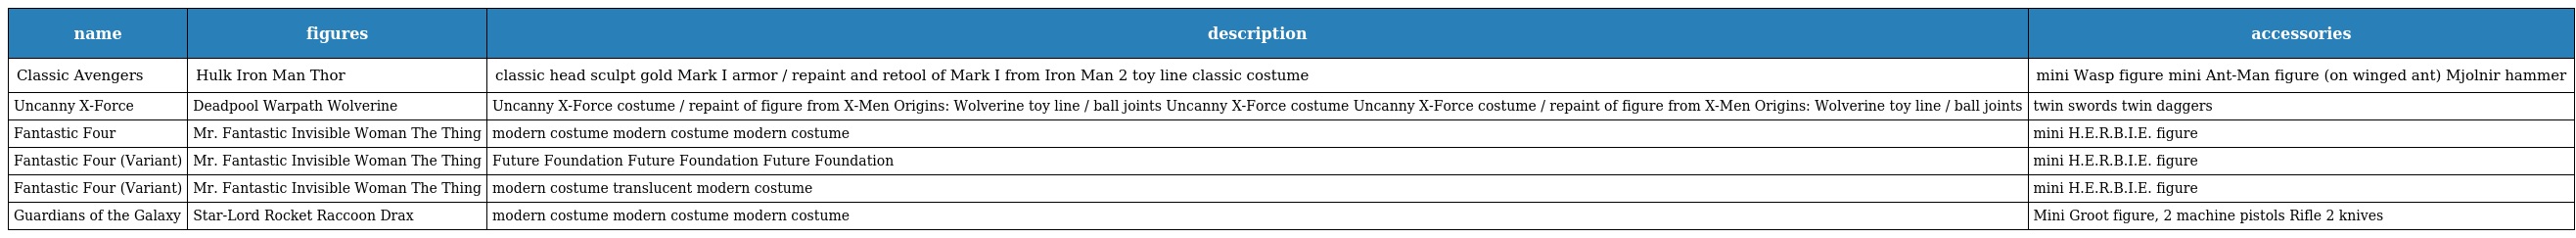
| name | figures | description | accessories |
 | --- | --- | --- | --- |
 | Classic Avengers | Hulk Iron Man Thor | classic head sculpt gold Mark I armor / repaint and retool of Mark I from Iron Man 2 toy line classic costume | mini Wasp figure mini Ant-Man figure (on winged ant) Mjolnir hammer |
 | Uncanny X-Force | Deadpool Warpath Wolverine | Uncanny X-Force costume / repaint of figure from X-Men Origins: Wolverine toy line / ball joints Uncanny X-Force costume Uncanny X-Force costume / repaint of figure from X-Men Origins: Wolverine toy line / ball joints | twin swords twin daggers |
 | Fantastic Four | Mr. Fantastic Invisible Woman The Thing | modern costume modern costume modern costume | mini H.E.R.B.I.E. figure |
 | Fantastic Four (Variant) | Mr. Fantastic Invisible Woman The Thing | Future Foundation Future Foundation Future Foundation | mini H.E.R.B.I.E. figure |
 | Fantastic Four (Variant) | Mr. Fantastic Invisible Woman The Thing | modern costume translucent modern costume | mini H.E.R.B.I.E. figure |
 | Guardians of the Galaxy | Star-Lord Rocket Raccoon Drax | modern costume modern costume modern costume | Mini Groot figure, 2 machine pistols Rifle 2 knives |